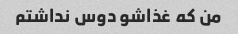
من که غذاشو دوس نداشتم